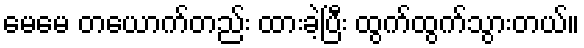
မေမေ တယောက်တည်း ထားခဲ့ပြီး ထွက်ထွက်သွားတယ်။